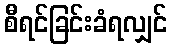
စီရင်ခြင်းခံရလျှင်